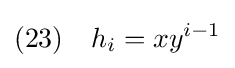
(23)\quad h_{i}=xy^{i-1}